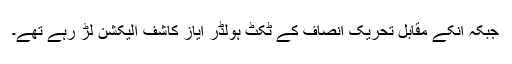
جبکہ انکے مقابل تحریک انصاف کے ٹکٹ ہولڈر ایاز کاشف الیکشن لڑ رہے تھے۔